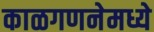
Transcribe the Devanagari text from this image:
काळगणनेमध्ये